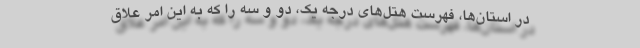
در استان‌ها، فهرست هتل‌های درجه یک، دو و سه را که به این امر علاق